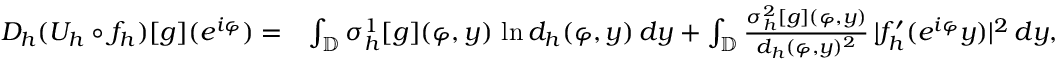
\begin{array} { r l } { D _ { h } ( U _ { h } \circ f _ { h } ) [ g ] ( e ^ { i \varphi } ) = } & { \int _ { \mathbb { D } } \sigma _ { h } ^ { 1 } [ g ] ( \varphi , y ) \, \ln d _ { h } ( \varphi , y ) \, d y + \int _ { \mathbb { D } } \frac { \sigma _ { h } ^ { 2 } [ g ] ( \varphi , y ) } { d _ { h } ( \varphi , y ) ^ { 2 } } \, | f _ { h } ^ { \prime } ( e ^ { i \varphi } y ) | ^ { 2 } \, d y , } \end{array}